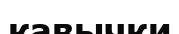
кавычки